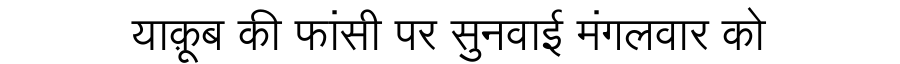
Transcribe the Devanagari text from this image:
याक़ूब की फांसी पर सुनवाई मंगलवार को